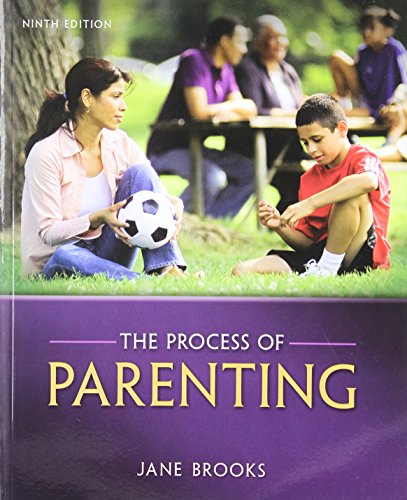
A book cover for The Process of Parenting; Jane B. Brooks; Education & Teaching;